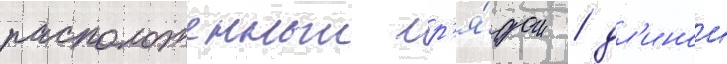
расположенныи р'я́дом / дл'инои